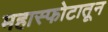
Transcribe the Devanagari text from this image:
महास्फोटातून